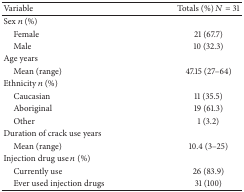
| Variable | Totals (%) N = 31 |
 | --- | --- |
 | Sex n (%) |  |
 | Female | 21 (67.7) |
 | Male | 10 (32.3) |
 | Age years |  |
 | Mean (range) | 47.15 (27–64) |
 | Ethnicity n (%) |  |
 | Caucasian | 11 (35.5) |
 | Aboriginal | 19 (61.3) |
 | Other | 1 (3.2) |
 | Duration of crack use years |  |
 | Mean (range) | 10.4 (3–25) |
 | Injection drug use n (%) |  |
 | Currently use | 26 (83.9) |
 | Ever used injection drugs | 31 (100) |